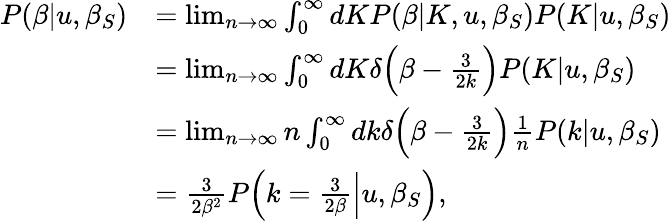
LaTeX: \begin{array}{rl}{P(\beta|u,\beta_{S})}&{=\operatorname*{lim}_{n\rightarrow\infty}\int_{0}^{\infty}dKP(\beta|K,u,\beta_{S})P(K|u,\beta_{S})}\\ &{=\operatorname*{lim}_{n\rightarrow\infty}\int_{0}^{\infty}dK\delta\Big(\beta-\frac{3}{2k}\Big)P(K|u,\beta_{S})}\\ &{=\operatorname*{lim}_{n\rightarrow\infty}n\int_{0}^{\infty}dk\delta\Big(\beta-\frac{3}{2k}\Big)\frac{1}{n}P(k|u,\beta_{S})}\\ &{=\frac{3}{2\beta^{2}}P\Big(k=\frac{3}{2\beta}\Big|u,\beta_{S}\Big),}\end{array}